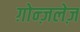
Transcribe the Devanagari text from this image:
ग़ोन्ज़लेज़